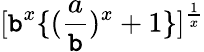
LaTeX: [\mathtt{b}^{x}\{ (\frac{{a}}{{\mathtt{b}}})^{x}+1\} ]^{\frac{{1}}{{x}}}